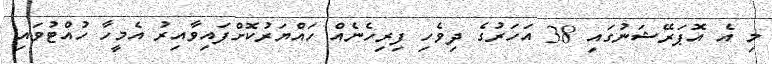
މި އެ އޮޕަރޭޝަނުގައި 38 އަހަރުގެ ދިވެހި ފިރިހެނެއް ހައްޔަރުކޮށްފައިވާއިރު އެމީހާ ހުއްޓުވައި